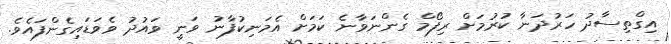
އިގްތިސާދު ހަރުދަނާ ކުރުމަށް ރިފޯމް ގެންނަވާނެ ކަމަށް އެމަނިކުފާނު ވަނީ ވައުދު ވެވަޑައިގެންފައެވެ.